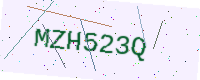
Text: MZH523Q